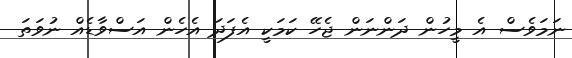
ނަމަވެސް އެ މީހުން ދަންނަން ޖެހޭ ކަމަކީ އެފަދަ އެހެން އަސްވާޑެއް ނުވަތަ